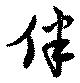
伴